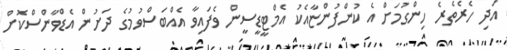
އަދި ހެރެތެރެ ހިންގުމަށް އެ ކުންފުންޏާއެކު އެމްޓީޑީސީން ވެފައިވާ އެއްބަސްވުމުގެ ދަށުން އެޑްވާންސްކޮށް